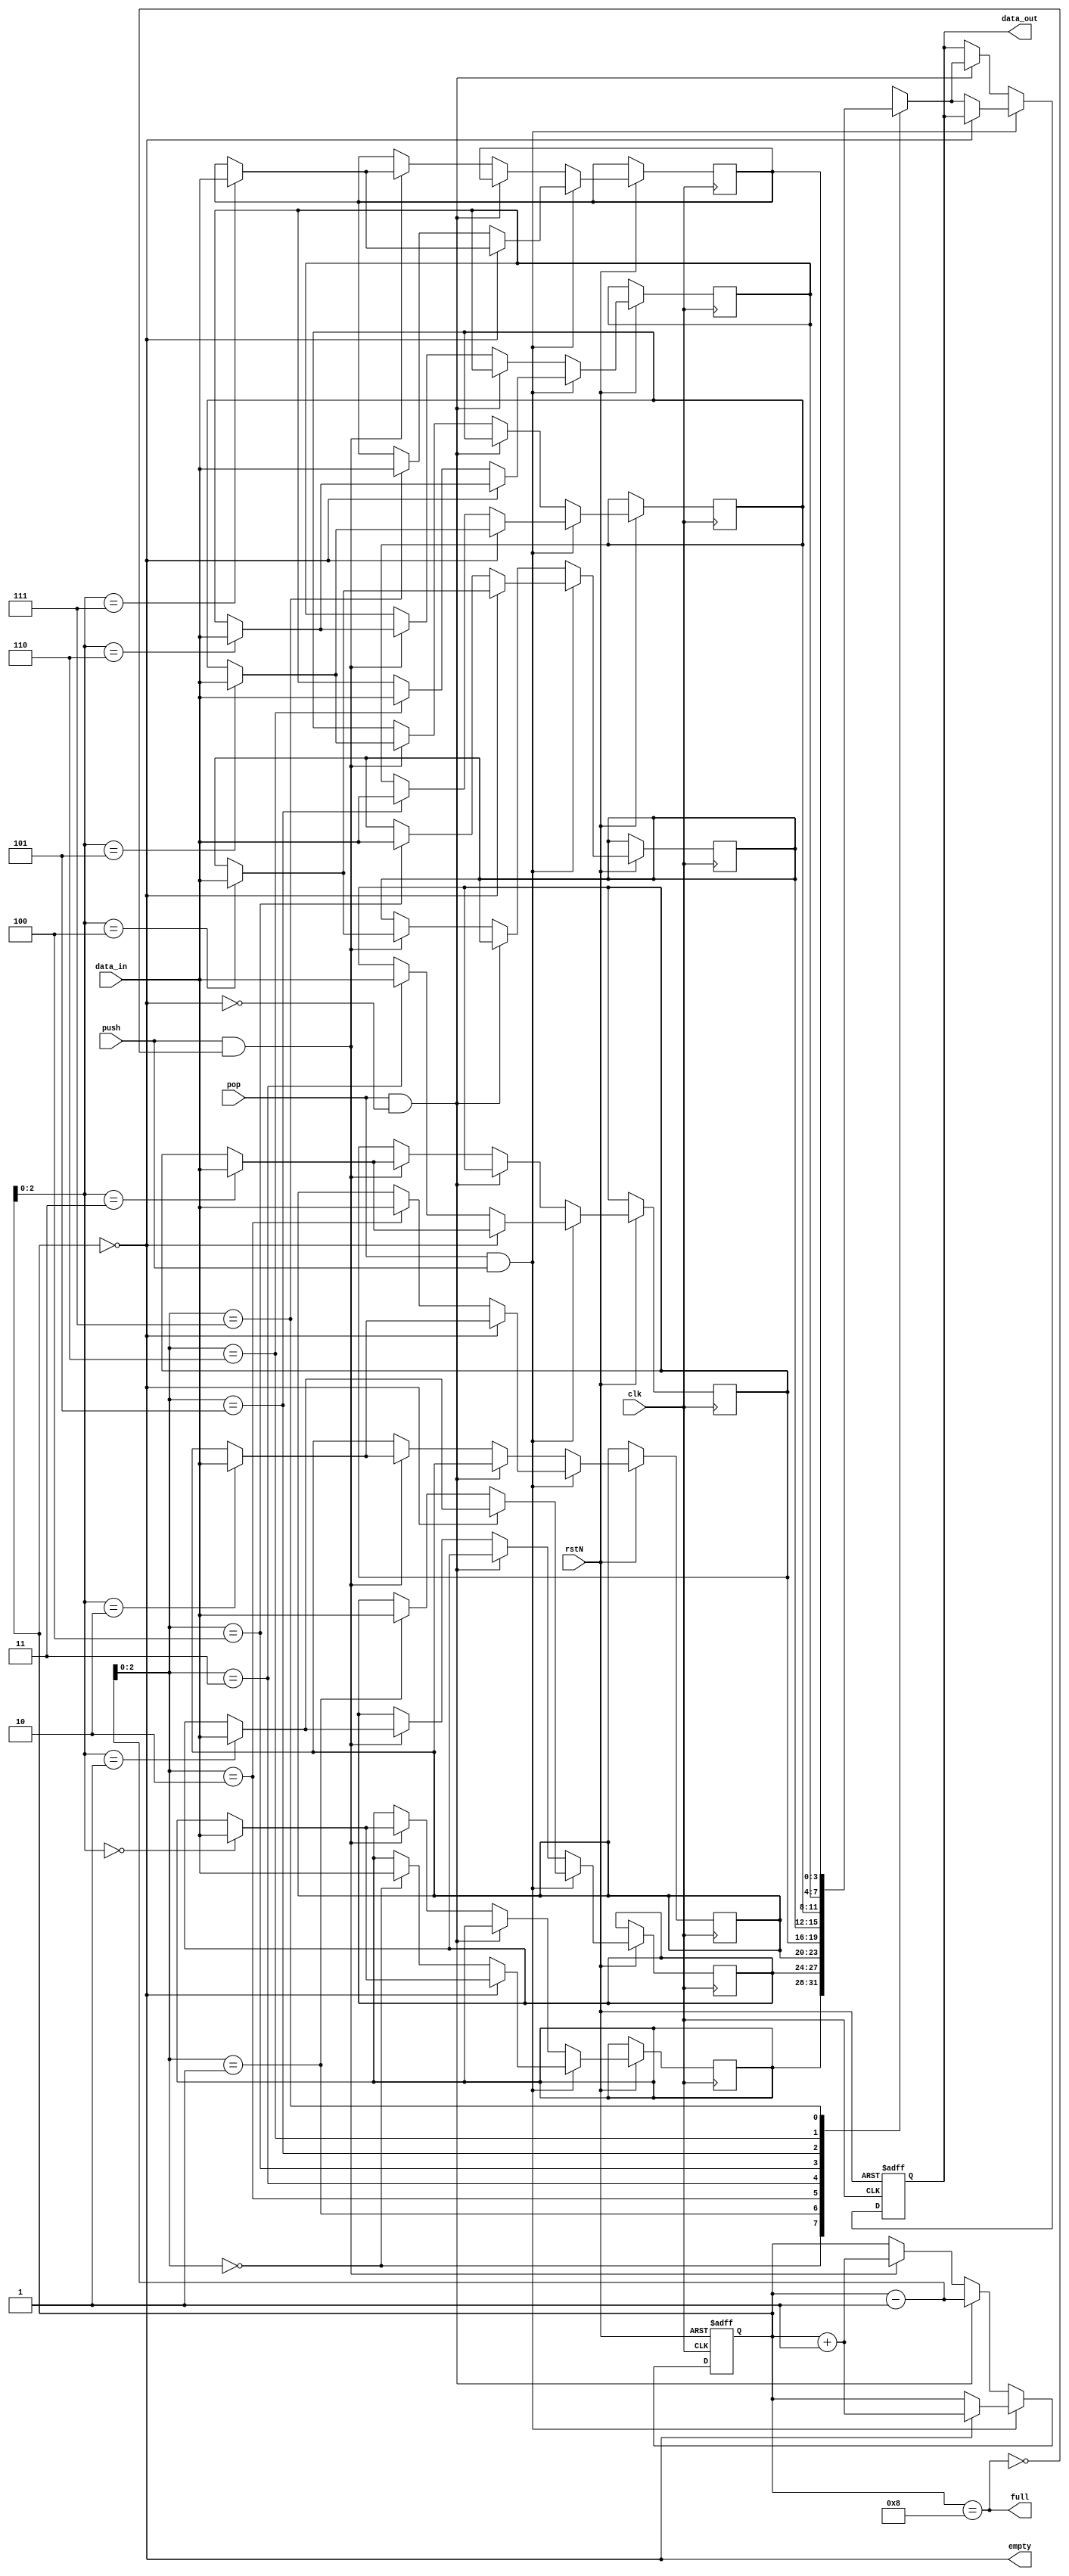
`timescale 1ns / 1ps

module stack(
    input clk,
    input rstN,
    input [3:0] data_in,
    input push,
    input pop,
    output [3:0] data_out,
    output full,
    output empty
    );
    // point to the empty index of stack
    reg [3:0]emptyPos = 0;
    // stack with depth 8 and width 4
    reg [3:0]stack[0:7];
    // out register
    reg [3:0] out = 0;
    
    // assign empty and full signals
    assign full = (emptyPos == 8);
    assign empty = (emptyPos == 0);
    assign data_out = out;
    
    always @ (posedge clk or negedge rstN) begin
       if (~rstN) begin
            emptyPos <= 0;
            out <= 0;
       end else if (pop && push) begin
            if (empty) begin // If Pop and Push together but pop can't be done
                stack[emptyPos] <= data_in;
                emptyPos <= emptyPos + 1;
            end else begin // push and pop together
                out <= stack[emptyPos - 1];
                stack[emptyPos - 1] <= data_in;
            end
        end else if (pop && ~empty) begin // if only pop and pop is valid
            out <= stack[emptyPos - 1];
            emptyPos <= emptyPos - 1;
        end else if (push && ~full) begin // if only push and push is valid
            stack[emptyPos] <= data_in;
            emptyPos <= emptyPos + 1;      
        end
    end
endmodule